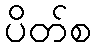
ပိတ်စ